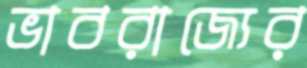
ভাবরাজ্যের